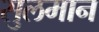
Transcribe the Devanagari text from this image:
सुलमान